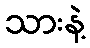
သားနဲ့